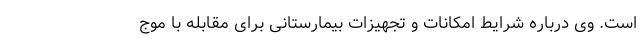
است. وی درباره شرایط امکانات و تجهیزات بیمارستانی برای مقابله با موج